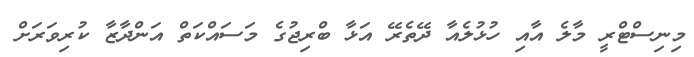
މިނިސްޓްރީ މާލެ އާއި ހުޅުލެއާ ދޭތެރޭ އަޅާ ބްރިޖުގެ މަސައްކަތް އަންދާޒާ ކުރިވަރަށް